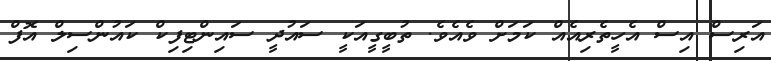
އަރިސް އިސް އެހީތެރިއެއް ކަމަށް ވެއެވެ. ތުބީގީއަކީ ސައުދީ ސައިންޓިފިކް ކައުންސިލް އޮފް